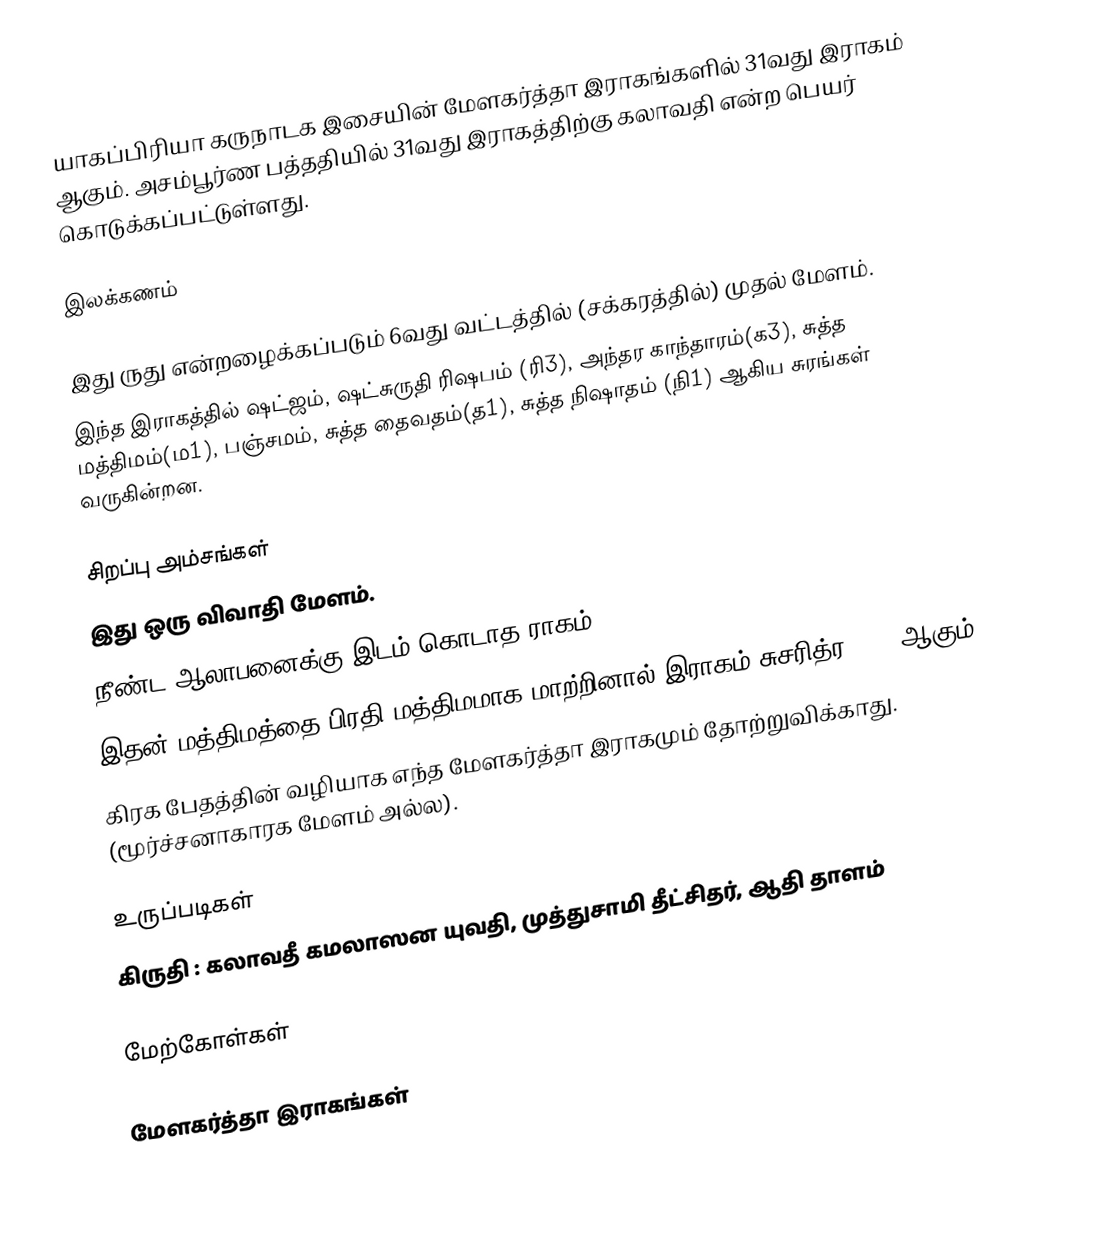
யாகப்பிரியா கருநாடக இசையின் மேளகர்த்தா இராகங்களில் 31வது இராகம் ஆகும். அசம்பூர்ண பத்ததியில் 31வது இராகத்திற்கு கலாவதி என்ற பெயர் கொடுக்கப்பட்டுள்ளது.

இலக்கணம்

 இது ருது என்றழைக்கப்படும் 6வது வட்டத்தில் (சக்கரத்தில்) முதல் மேளம்.
 இந்த இராகத்தில் ஷட்ஜம், ஷட்சுருதி ரிஷபம் (ரி3), அந்தர காந்தாரம்(க3), சுத்த மத்திமம்(ம1), பஞ்சமம், சுத்த தைவதம்(த1), சுத்த நிஷாதம் (நி1) ஆகிய சுரங்கள் வருகின்றன.

சிறப்பு அம்சங்கள்
 இது ஒரு விவாதி மேளம்.
 நீண்ட ஆலாபனைக்கு இடம் கொடாத ராகம்.
 இதன் மத்திமத்தை பிரதி மத்திமமாக மாற்றினால் இராகம் சுசரித்ர (67) ஆகும்.
 கிரக பேதத்தின் வழியாக எந்த மேளகர்த்தா இராகமும் தோற்றுவிக்காது. (மூர்ச்சனாகாரக மேளம் அல்ல).

உருப்படிகள்
 கிருதி : கலாவதீ கமலாஸன யுவதி, முத்துசாமி தீட்சிதர், ஆதி தாளம்

மேற்கோள்கள்

மேளகர்த்தா இராகங்கள்